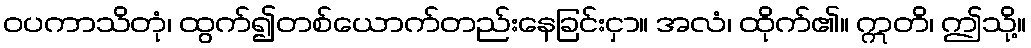
ဝပကာသိတုံ၊ ထွက်၍တစ်ယောက်တည်းနေခြင်းငှာ။ အလံ၊ ထိုက်၏။ ဣတိ၊ ဤသို့။